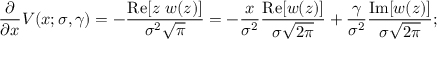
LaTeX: { \frac { \partial } { \partial x } } V ( x ; \sigma , \gamma ) = - { \frac { \operatorname { R e } [ z ~ w ( z ) ] } { \sigma ^ { 2 } { \sqrt { \pi } } } } = - { \frac { x } { \sigma ^ { 2 } } } { \frac { \operatorname { R e } [ w ( z ) ] } { \sigma { \sqrt { 2 \pi } } } } + { \frac { \gamma } { \sigma ^ { 2 } } } { \frac { \operatorname { I m } [ w ( z ) ] } { \sigma { \sqrt { 2 \pi } } } } ;